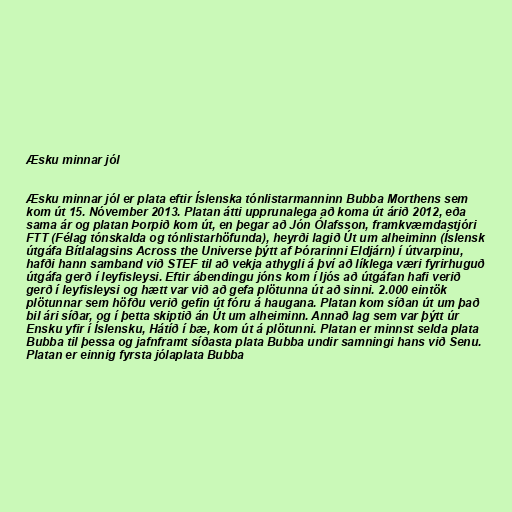
Æsku minnar jól

Æsku minnar jól er plata eftir Íslenska tónlistarmanninn Bubba Morthens sem
kom út 15. Nóvember 2013. Platan átti upprunalega að koma út árið 2012, eða
sama ár og platan Þorpið kom út, en þegar að Jón Ólafsson, framkvæmdastjóri
FTT (Félag tónskalda og tónlistarhöfunda), heyrði lagið Út um alheiminn (Íslensk
útgáfa Bítlalagsins Across the Universe þýtt af Þórarinni Eldjárn) í útvarpinu,
hafði hann samband við STEF til að vekja athygli á því að líklega væri fyrirhuguð
útgáfa gerð í leyfisleysi. Eftir ábendingu jóns kom í ljós að útgáfan hafi verið
gerð í leyfisleysi og hætt var við að gefa plötunna út að sinni. 2.000 eintök
plötunnar sem höfðu verið gefin út fóru á haugana. Platan kom síðan út um það
bil ári síðar, og í þetta skiptið án Út um alheiminn. Annað lag sem var þýtt úr
Ensku yfir í Íslensku, Hátíð í bæ, kom út á plötunni. Platan er minnst selda plata
Bubba til þessa og jafnframt síðasta plata Bubba undir samningi hans við Senu.
Platan er einnig fyrsta jólaplata Bubba